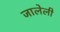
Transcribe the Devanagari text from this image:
जालेली